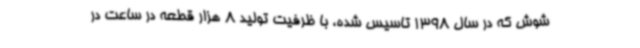
شوش که در سال 1398 تاسیس شده، با ظرفیت تولید 8 هزار قطعه در ساعت در